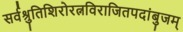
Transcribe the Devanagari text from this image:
सर्वश्रुतिशिरोरत्नविराजितपदांबुजम्